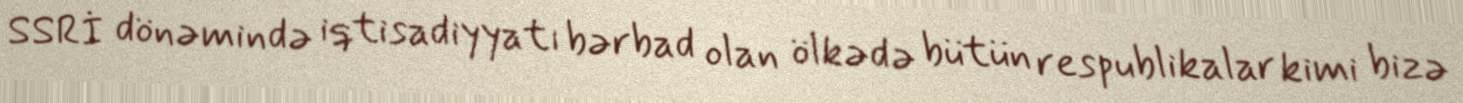
SSRİ dönəmində iqtisadiyyatı bərbad olan ölkədə bütün respublikalar kimi bizə